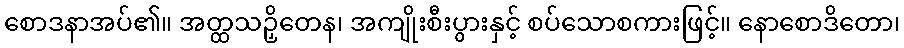
စောဒနာအပ်၏။ အတ္ထသဉှိတေန၊ အကျိုးစီးပွားနှင့် စပ်သောစကားဖြင့်။ နောစောဒိတော၊